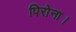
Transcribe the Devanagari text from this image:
पिरोना।